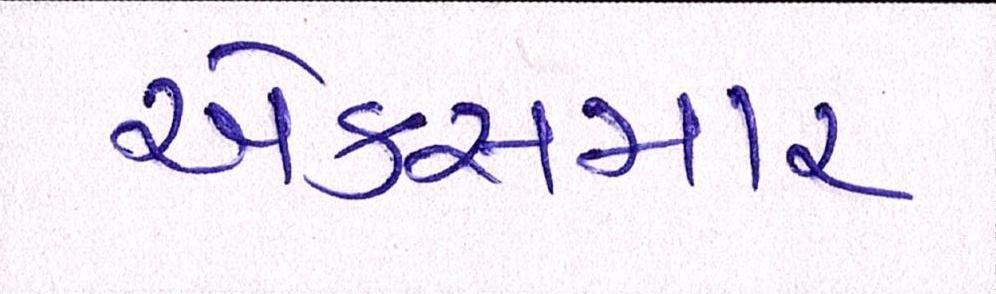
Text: એક્સમાર